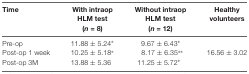
| Time | With intraop HLM test (n = 8) | Without intraop HLM test (n = 12) | Healthy volunteers |
 | --- | --- | --- | --- |
 | Pre-op | 11.88 ± 5.24* | 9.67 ± 6.43* |  |
 | Post-op 1 week | 10.25 ± 5.18* | 8.17 ± 6.35** | 16.56 ± 3.02 |
 | Post-op 3M | 13.88 ± 5.36 | 11.25 ± 5.72* |  |